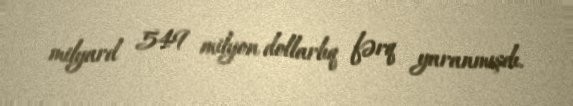
milyard 549 milyon dollarlıq fərq yaranmışdı.